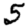
Digit: 5